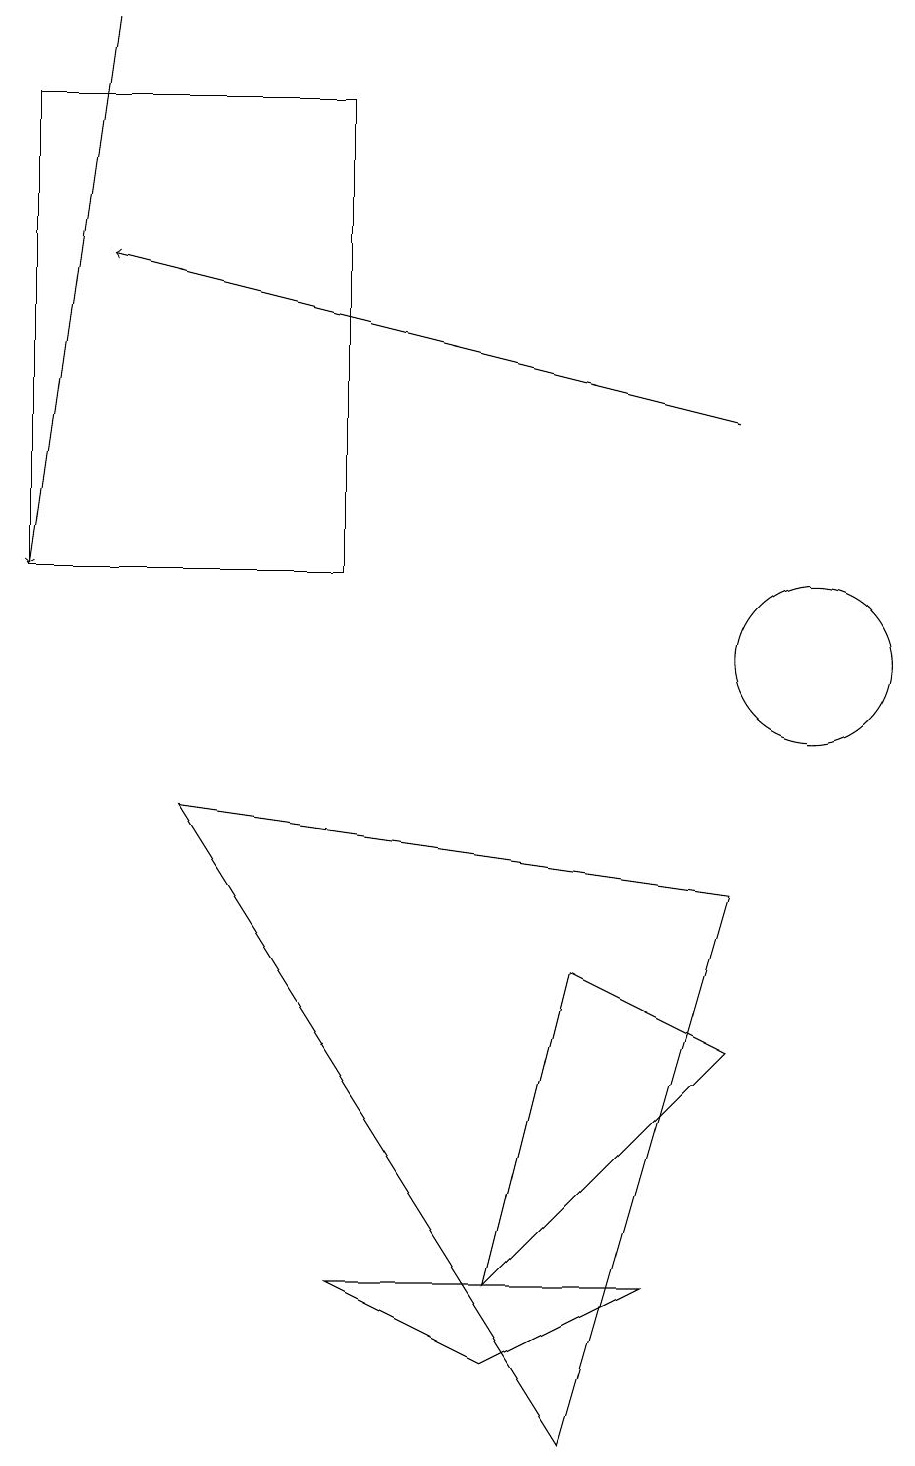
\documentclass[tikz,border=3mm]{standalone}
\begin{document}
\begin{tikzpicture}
\draw (10,11) circle (1);
\draw[->] (9,14) -- (1,16);
\draw[->] (1,19) -- (0,12);
\draw (7,7) -- (6,3) -- (9,6) -- cycle;
\draw (2,9) -- (7,1) -- (9,8) -- cycle;
\draw (4,3) -- (8,3) -- (6,2) -- cycle;
\draw (0,18) rectangle (4,12);
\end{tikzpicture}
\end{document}